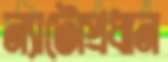
ন্যাটোপ্রধান